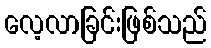
လေ့လာခြင်းဖြစ်သည်